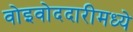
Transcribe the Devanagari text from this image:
वोइवोददारीमध्ये